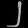
Digit: ၂